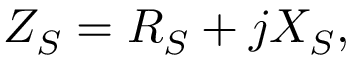
\begin{array} { r } { Z _ { S } = R _ { S } + j X _ { S } , } \end{array}